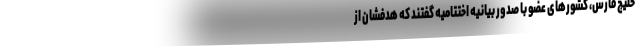
خلیج فارس، کشورهای عضو با صدور بیانیه اختتامیه گفتند که هدفشان از